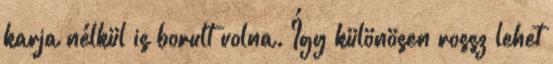
karja nélkül is borult volna. Így különösen rossz lehet